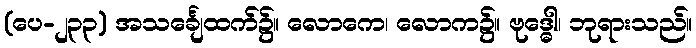
(ပေ-၂၃၃) အသင်္ချေထက်၌။ လောကေ၊ လောက၌။ ဗုဒ္ဓေါ၊ ဘုရားသည်။